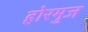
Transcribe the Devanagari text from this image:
होरमुज